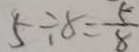
5 \div 8 = \frac { 5 } { 8 }